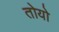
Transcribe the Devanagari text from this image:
तोयो